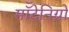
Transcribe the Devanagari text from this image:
मॉँटेनिग्रो